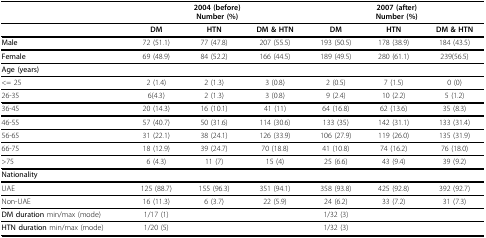
|  | <COLSPAN=3> 2004 (before)Number (%) | <COLSPAN=3> 2007 (after)Number (%) |
 | --- | --- | --- | --- | --- | --- | --- |
 |  | DM | HTN | DM & HTN | DM | HTN | DM & HTN |
 | Male | 72 (51.1) | 77 (47.8) | 207 (55.5) | 193 (50.5) | 178 (38.9) | 184 (43.5) |
 | Female | 69 (48.9) | 84 (52.2) | 166 (44.5) | 189 (49.5) | 280 (61.1) | 239(56.5) |
 | Age (years) |  |  |  |  |  |  |
 | <= 25 | 2 (1.4) | 2 (1.3) | 3 (0.8) | 2 (0.5) | 7 (1.5) | 0 (0) |
 | 26-35 | 6(4.3) | 2 (1.3) | 3 (0.8) | 9 (2.4) | 10 (2.2) | 5 (1.2) |
 | 36-45 | 20 (14.3) | 16 (10.1) | 41 (11) | 64 (16.8) | 62 (13.6) | 35 (8.3) |
 | 46-55 | 57 (40.7) | 50 (31.6) | 114 (30.6) | 133 (35) | 142 (31.1) | 133 (31.4) |
 | 56-65 | 31 (22.1) | 38 (24.1) | 126 (33.9) | 106 (27.9) | 119 (26.0) | 135 (31.9) |
 | 66-75 | 18 (12.9) | 39 (24.7) | 70 (18.8) | 41 (10.8) | 74 (16.2) | 76 (18.0) |
 | >75 | 6 (4.3) | 11 (7) | 15 (4) | 25 (6.6) | 43 (9.4) | 39 (9.2) |
 | Nationality |  |  |  |  |  |  |
 | UAE | 125 (88.7) | 155 (96.3) | 351 (94.1) | 358 (93.8) | 425 (92.8) | 392 (92.7) |
 | Non-UAE | 16 (11.3) | 6 (3.7) | 22 (5.9) | 24 (6.2) | 33 (7.2) | 31 (7.3) |
 | DM duration min/max (mode) | 1/17 (1) |  |  | 1/32 (3) |  |  |
 | HTN duration min/max (mode) | 1/20 (5) |  |  | 1/32 (3) |  |  |